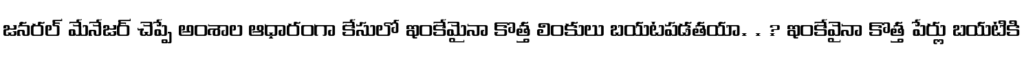
జనరల్ మేనేజర్ చెప్పే అంశాల ఆధారంగా కేసులో ఇంకేమైనా కొత్త లింకులు బయటపడతయా. . ? ఇంకేవైనా కొత్త పేర్లు బయటికి